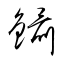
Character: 鑷